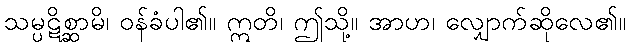
သမ္ပဋိစ္ဆာမိ၊ ဝန်ခံပါ၏။ ဣတိ၊ ဤသို့။ အာဟ၊ လျှောက်ဆိုလေ၏။